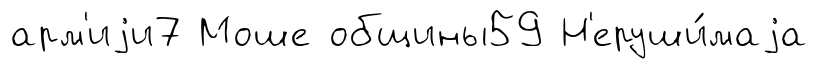
арм'иjи7 Моше общины59 Н'еруши́маjа